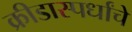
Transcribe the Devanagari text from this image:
क्रीडास्पर्धांचे